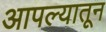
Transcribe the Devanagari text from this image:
आपल्यातून